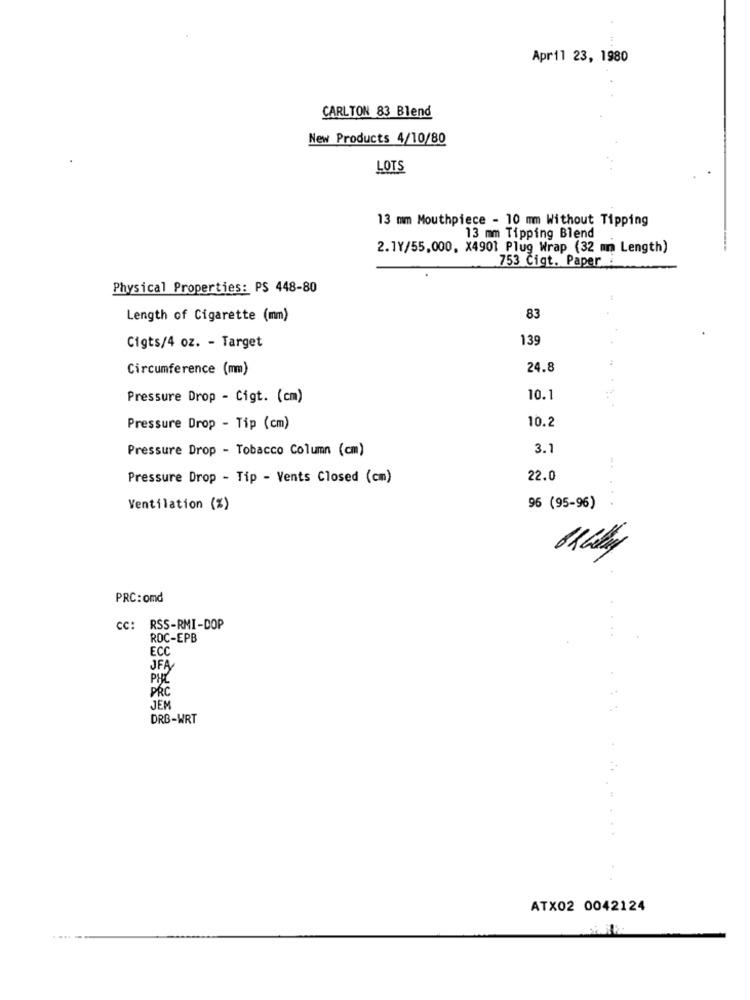
April 23, 1980
CARLTON 83 Blend
New Products 4/10/80
LOTS
13 mm Mouthpiece - 10 mm Without Tipping
13 mm Tipping Blend
2.1Y/55,000. X4901 Plug Wrap (32 mm Length)
753 Cigt. Paper :
Physical Properties: PS 448-80
Length of Cigarette (mm)
83
139
Cigts/4 oz. - Target
Circumference (mm)
24.8
Pressure Drop - Cigt. (cm)
10.1
Pressure Drop - Tip (cm)
10.2
Pressure Drop - Tobacco Column (cm)
3.1
Pressure Drop - Tip - Vents Closed (cm)
22.0
Ventilation (%)
96 (95-96)
PRC:omd
cc:
RSS-RMI-DOP
ROC-EPB
ECC
JFA
PH
PRC
JEM
DRB-WRT
..
ATX02 0042124